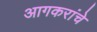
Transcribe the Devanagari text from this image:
आगकरांचे